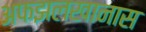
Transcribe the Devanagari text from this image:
अफझलखानास